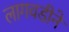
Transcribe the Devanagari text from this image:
लागवडीने